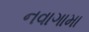
નવાગામા